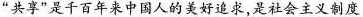
”共享”是千百年来中国人的美好追求，是社会主义制度